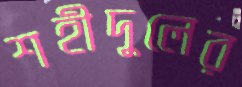
শহীদুলের